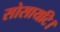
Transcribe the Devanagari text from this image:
सोसायटि।